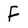
Character: F